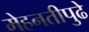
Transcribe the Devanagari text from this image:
मेहनतीपुढे